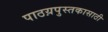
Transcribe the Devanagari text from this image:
पाठय़पुस्तकासाठी